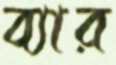
ব্যার